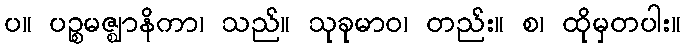
ပ။ ပဉ္စမဇ္ဈာနိကာ၊ သည်။ သုခုမာဝ၊ တည်း။ စ၊ ထိုမှတပါး။